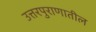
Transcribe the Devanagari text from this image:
उत्तरपुराणातील